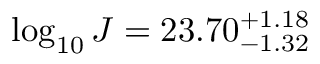
\log _ { 1 0 } J = 2 3 . 7 0 _ { - 1 . 3 2 } ^ { + 1 . 1 8 }